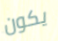
يكون